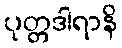
ပုတ္တဒါရာနိ